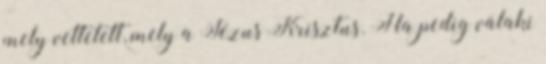
mely vettetett, mely a Jézus Krisztus. Ha pedig valaki